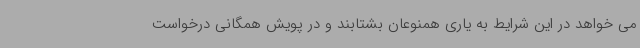
می خواهد در این شرایط به یاری همنوعان بشتابند و در پویش همگانی درخواست